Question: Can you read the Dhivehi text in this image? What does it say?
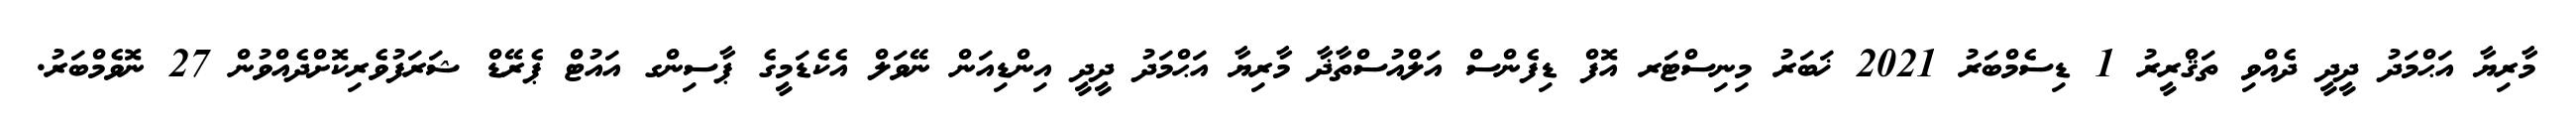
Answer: މާރިޔާ އަޙްމަދު ދީދީ ދެއްވި ތަޤްރީރު 1 ޑިސެމްބަރު 2021 ޚަބަރު މިނިސްޓަރ އޮފް ޑިފެންސް އަލްއުސްތާޛާ މާރިޔާ އަޙްމަދު ދީދީ އިންޑިއަން ނޭވަލް އެކެޑަމީގެ ޕާސިންގ އައުޓް ޕެރޭޑް ޝަރަފުވެރިކޮށްދެއްވުން 27 ނޮވެމްބަރު.